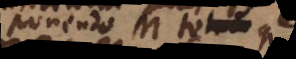
ponendo M totum